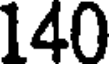
140